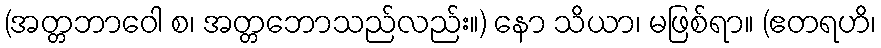
(အတ္တဘာဝေါ စ၊ အတ္တဘောသည်လည်း။) နော သိယာ၊ မဖြစ်ရာ။ (ဧတရဟိ၊